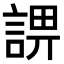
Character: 𧨬